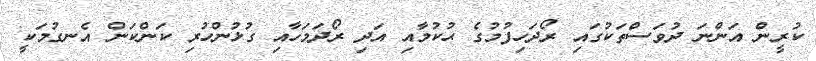
ކުރީން އަންނަ ދުވަސްތަކުގައި ރޯދަހިފުމުގެ ޙުކުމާއި އަދި ރޯދަމަހާއި ގުޅުންހުރި ކަންކަން އެނގުމަކީ